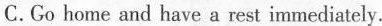
C.Go home and have a rest immediately.